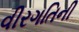
વીરગતિની